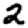
Digit: 2